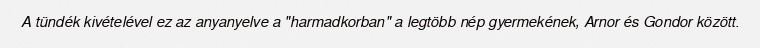
A tündék kivételével ez az anyanyelve a "harmadkorban" a legtöbb nép gyermekének, Arnor és Gondor között.